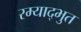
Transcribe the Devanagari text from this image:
रम्याद्भुत